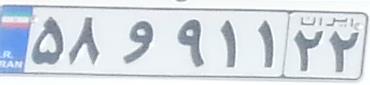
۵۸و۹۱۱۲۲